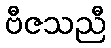
ဗီဇသညီ